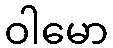
ဝါမော